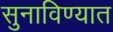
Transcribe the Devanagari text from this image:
सुनाविण्यात